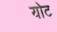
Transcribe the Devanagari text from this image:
योट